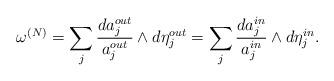
LaTeX: \begin{align*}\omega\sp{(N)}=\sum_{j}\frac{da_{j}\sp{out}}{a_{j}\sp{out}}\wedge d\eta_{j}\sp{out}=\sum_{j}\frac{da_{j}\sp{in}}{a_{j}\sp{in}}\wedge d\eta_{j}\sp{in}.\end{align*}